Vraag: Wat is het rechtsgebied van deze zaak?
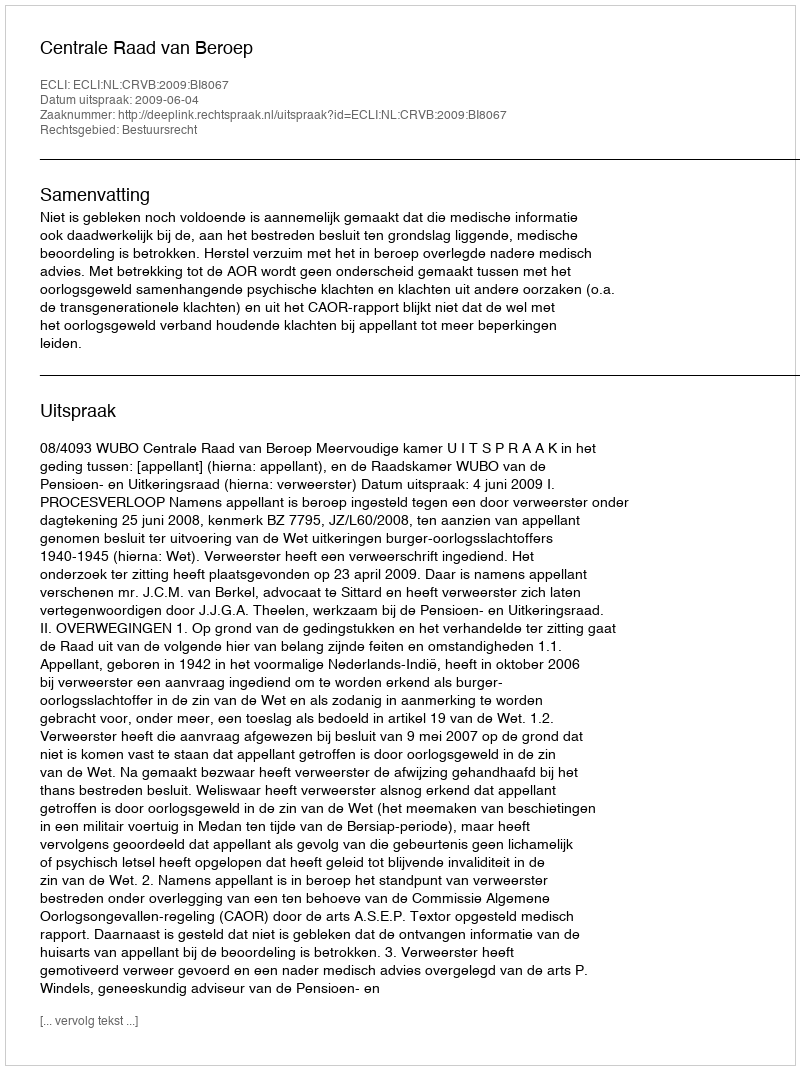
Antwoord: Bestuursrecht